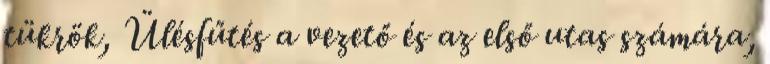
tükrök, Ülésfűtés a vezető és az első utas számára,